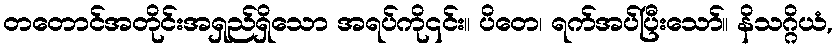
တတောင်အတိုင်းအရှည်ရှိသော အရပ်ကို၎င်း။ ပိတေ၊ ရက်အပ်ပြီးသော်။ နိသဂ္ဂိယံ,